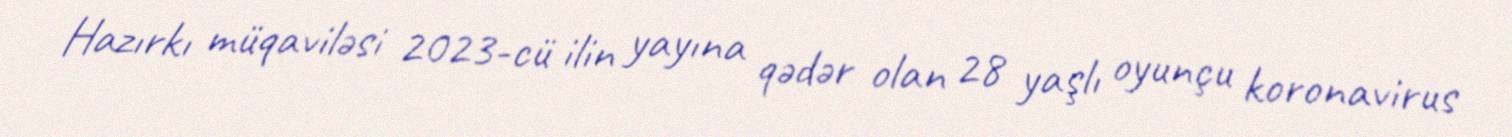
Hazırkı müqaviləsi 2023-cü ilin yayına qədər olan 28 yaşlı oyunçu koronavirus